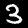
Label: 3